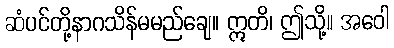
ဆံပင်တို့နာဂသိန်မမည်ချေ။ ဣတိ၊ ဤသို့။ အဝေါ